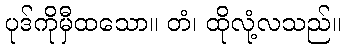
ပုဒ်ကိုမှီထသော။ တံ၊ ထိုလုံ့လသည်။